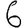
Digit: 6